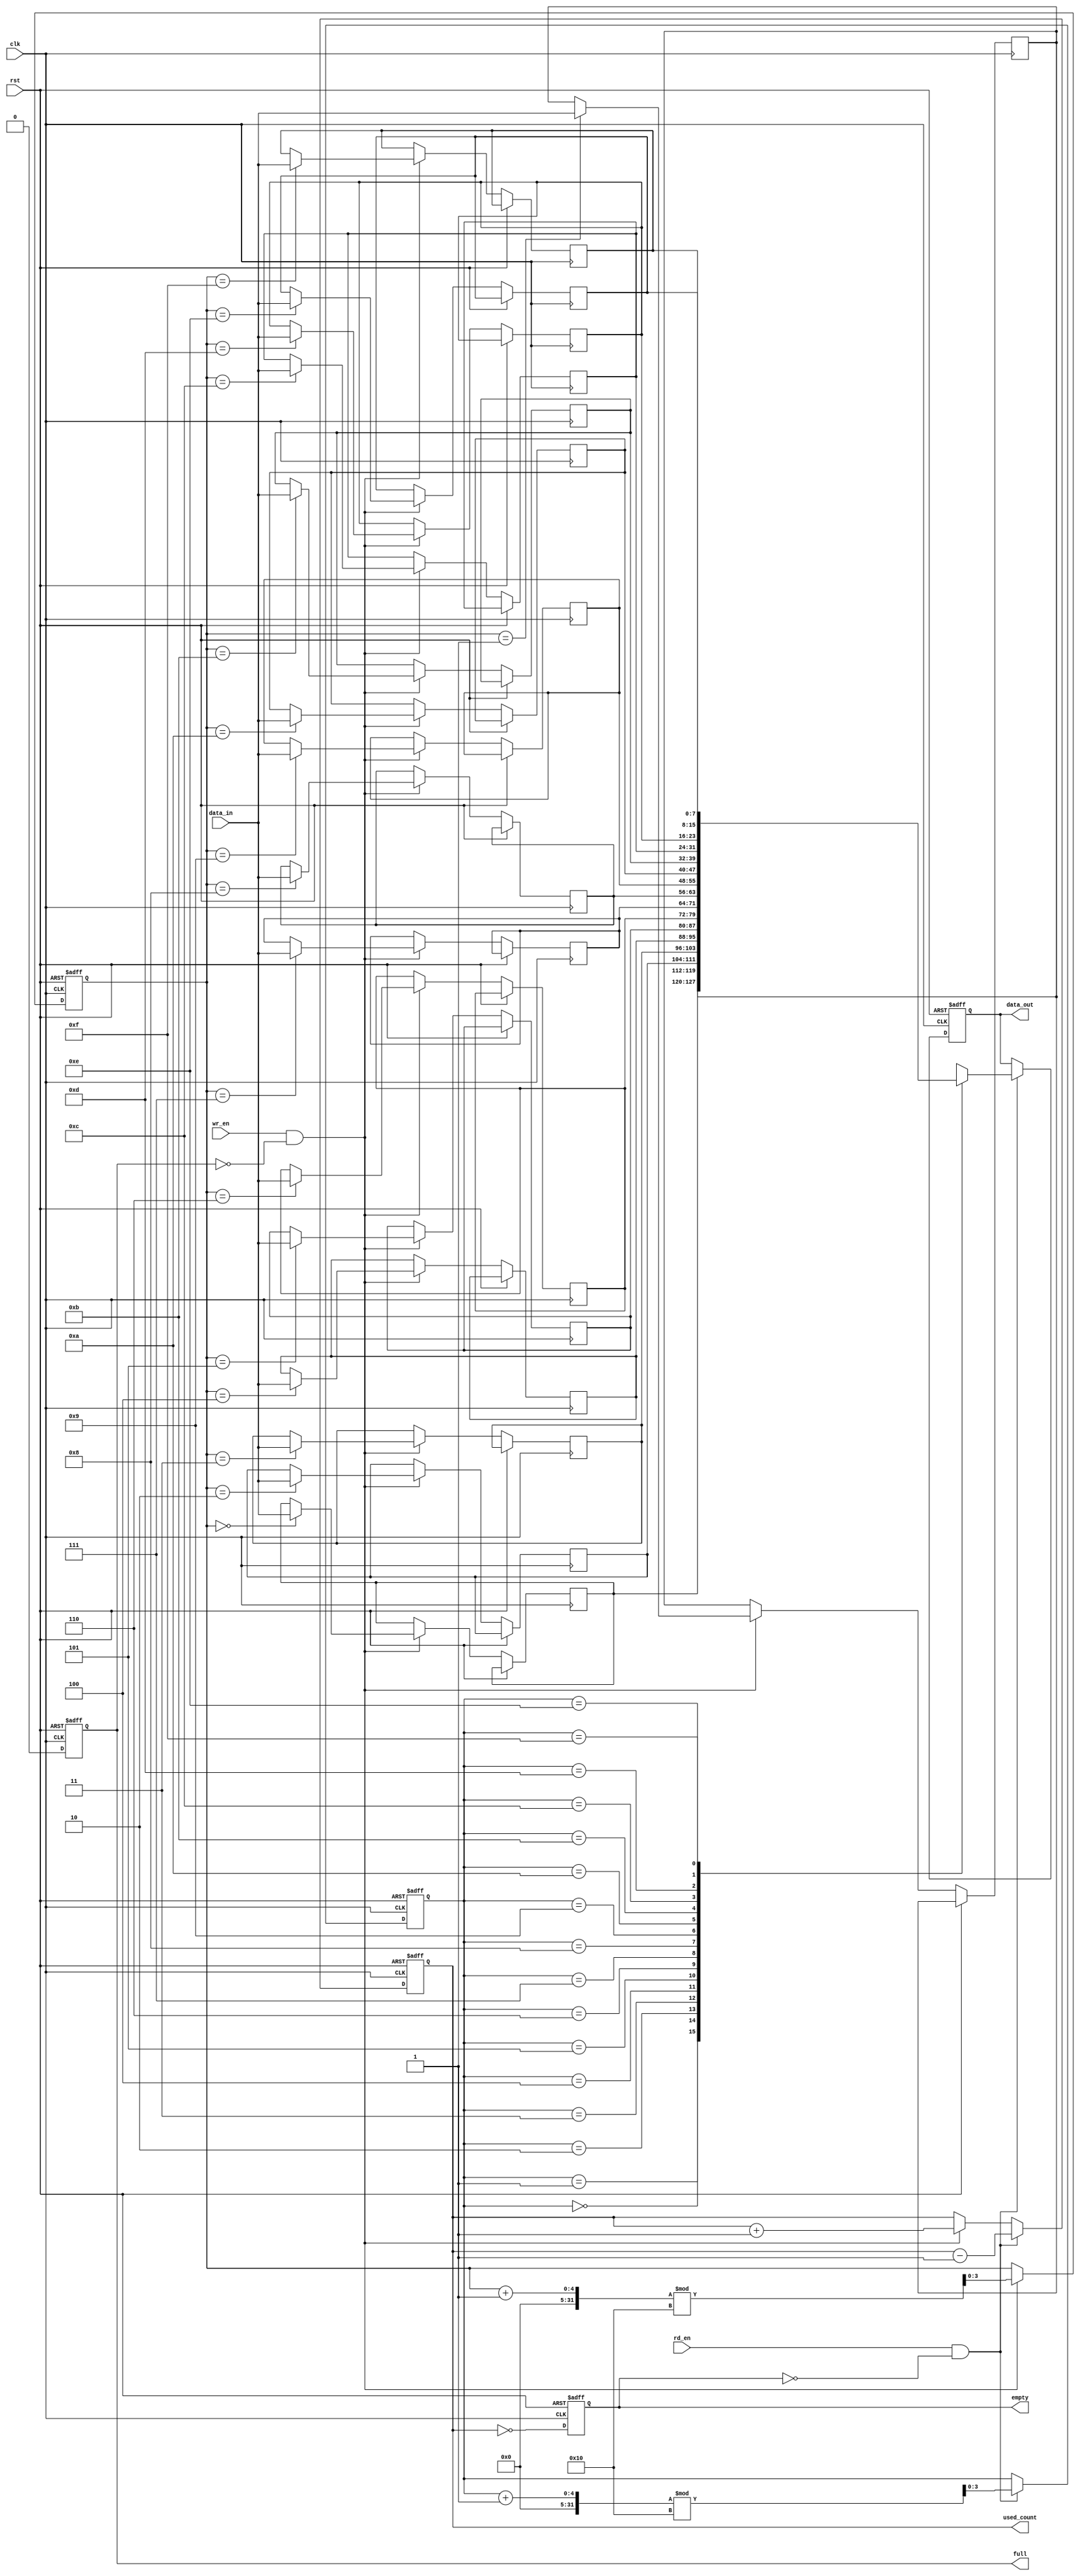
module parameterized_fifo #(
    parameter DEPTH = 16,  // Must be a power of two
    parameter WIDTH = 8    // Width of each data entry in bits
)(
    input wire clk,
    input wire rst,
    input wire wr_en,
    input wire rd_en,
    input wire [WIDTH-1:0] data_in,
    output reg [WIDTH-1:0] data_out,
    output reg full,
    output reg empty,
    output reg [clog2(DEPTH)-1:0] used_count
);

    // Memory array to hold the FIFO data
    reg [WIDTH-1:0] fifo_mem [0:DEPTH-1];
    
    // Read and write pointers
    reg [clog2(DEPTH)-1:0] read_ptr;
    reg [clog2(DEPTH)-1:0] write_ptr;

    // Counter for used entries
    always @(posedge clk or posedge rst) begin
        if (rst) begin
            read_ptr <= 0;
            write_ptr <= 0;
            used_count <= 0;
            full <= 0;
            empty <= 1;
            data_out <= 0;
        end else begin
            // Write operation
            if (wr_en && !full) begin
                fifo_mem[write_ptr] <= data_in;
                write_ptr <= (write_ptr + 1) % DEPTH;
                used_count <= used_count + 1;
            end

            // Read operation
            if (rd_en && !empty) begin
                data_out <= fifo_mem[read_ptr];
                read_ptr <= (read_ptr + 1) % DEPTH;
                used_count <= used_count - 1;
            end

            // Update full and empty flags
            full <= (used_count == DEPTH);
            empty <= (used_count == 0);
        end
    end

    // Function to calculate log2
    function integer clog2;
        input integer value;
        begin
            value = value - 1;
            for (clog2 = 0; value > 0; clog2 = clog2 + 1)
                value = value >> 1;
        end
    endfunction

endmodule